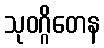
သုဝဂ္ဂိတေန